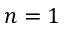
n = 1